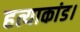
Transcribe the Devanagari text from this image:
हत्याकांड।